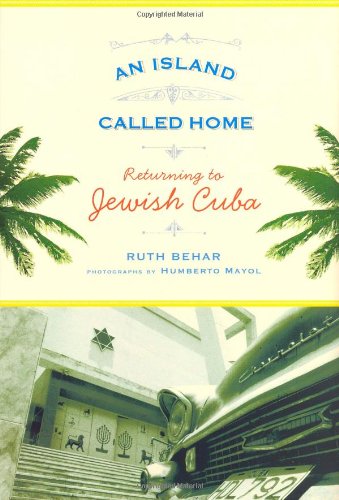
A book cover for An Island Called Home: Returning to Jewish Cuba; Ruth Behar; Travel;